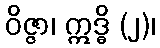
ဝိဇ္ဇာ၊ ဣဒ္ဓိ (၂)၊